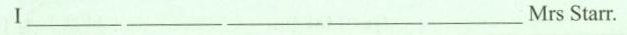
Ⅰ___ ___ ___ ___ ___Mrs Starr.